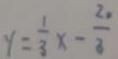
y = \frac { 1 } { 3 } x - \frac { 2 0 } { 3 }